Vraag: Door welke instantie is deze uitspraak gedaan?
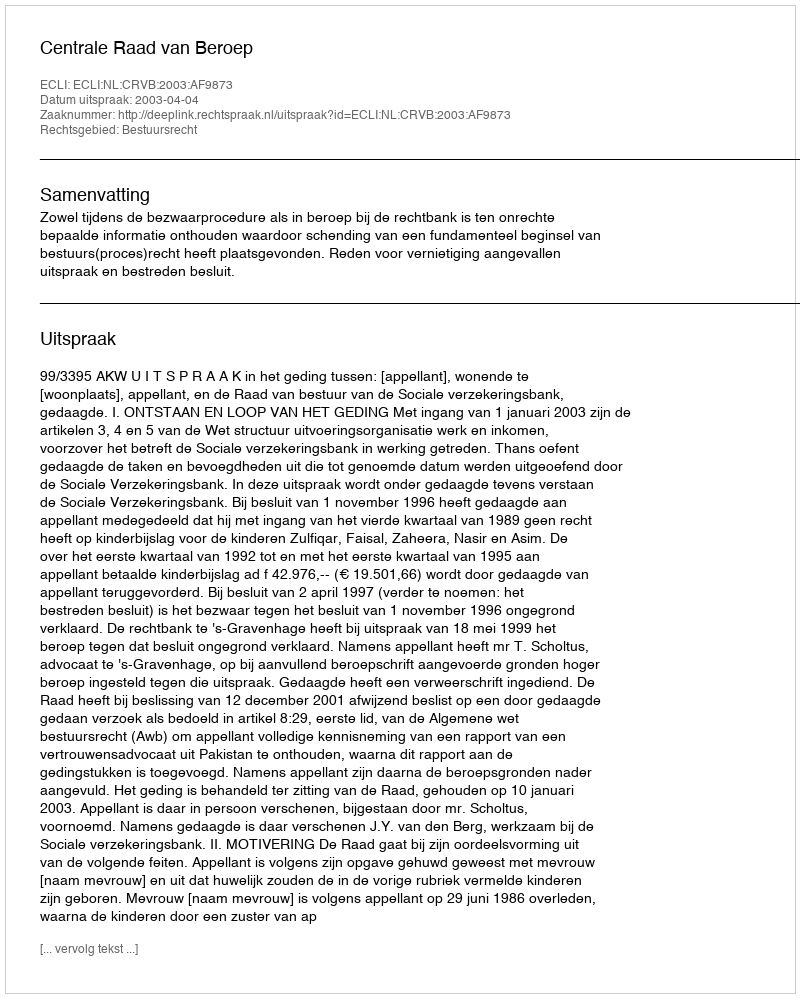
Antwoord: Centrale Raad van Beroep